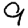
Digit: 9